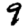
Digit: 9